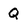
Character: Q